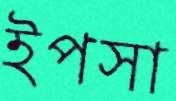
ইপসা